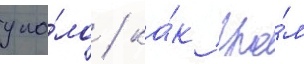
упа́ло / ка́к гро́м